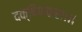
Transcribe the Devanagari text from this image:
दक्षिणकरा।।।